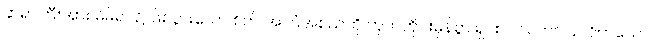
ဆရာကြီးအား မိမိရင်၌ ဖြစ်ပွားသော စိတ် အကြံအစည်ကို ဟုတ်တိုင်းမှန်စွာ ရှင်းလင်း တင်ပြ လိုက်သော